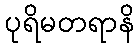
ပုရိမတရာနိ